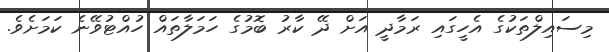
މިސައިލްތަކުގެ އެހީގައި ރަމާދީ އަށް ދޭ ކާރު ބޮމުގެ ހަމަލާތައް ހުއްޓުވޭނެ ކަމަށެވެ.